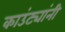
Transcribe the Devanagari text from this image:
काउंट्यांनी